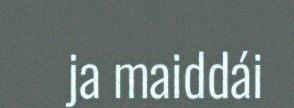
ja maiddái